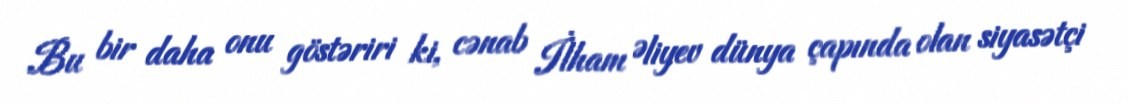
Bu bir daha onu göstəriri ki, cənab İlham Əliyev dünya çapında olan siyasətçi